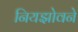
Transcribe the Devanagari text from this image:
नियझोवने